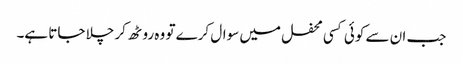
جب ان سے کوئی کسی محفل میں سوال کرے تو وہ روٹھ کر چلا جاتا ہے۔